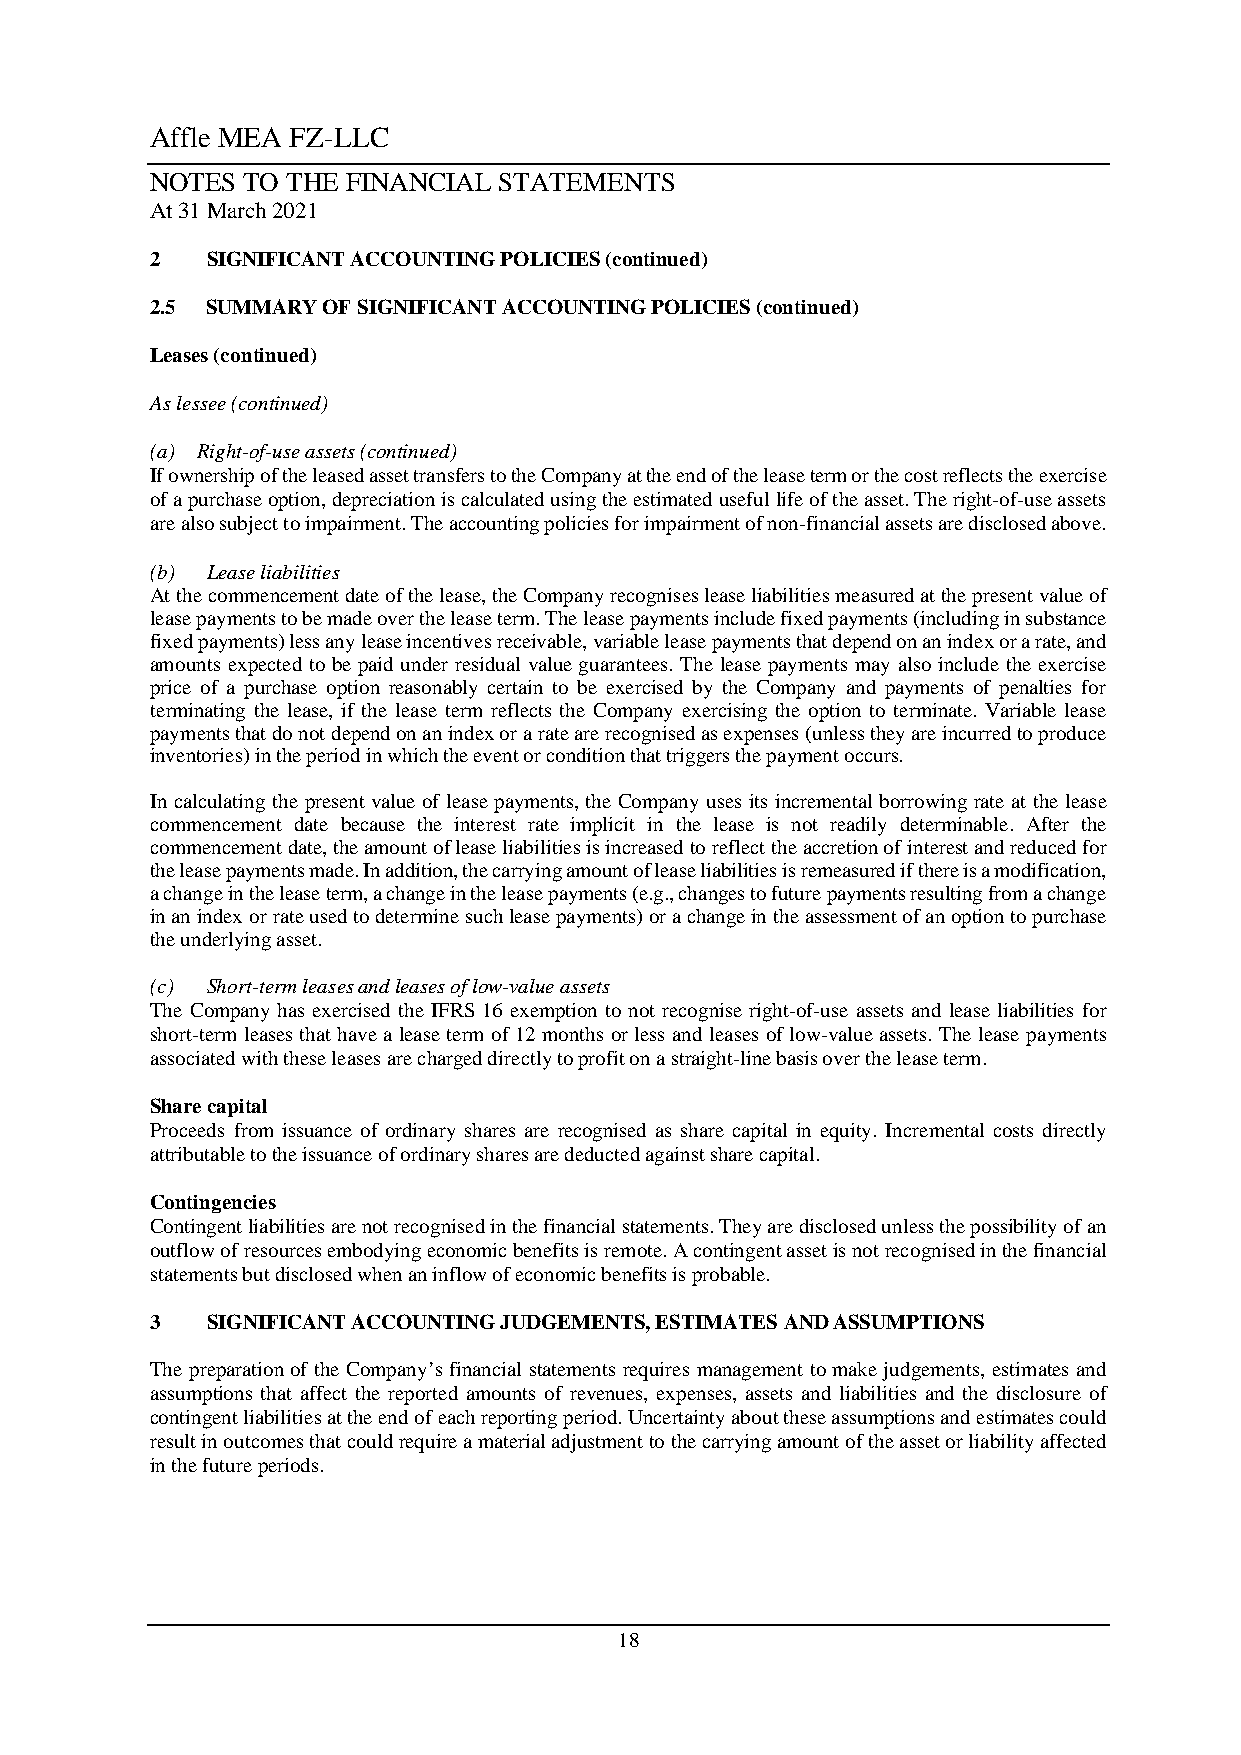
Affle MEA FZ-LLC
 NOTES TO THE FINANCIAL STATEMENTS
 At 31 March 2021
 2   SIGNIFICANT ACCOUNTING POLICIES (continued)
 2.5 SUMMARY OF SIGNIFICANT ACCOUNTING POLICIES (continued)
 Leases (continued)
 As lessee (continued)
 (a) Right-of-use assets (continued)
 If ownership of the leased asset transfers to the Company at the end of the lease term or the cost reflects the exercise
 of a purchase option, depreciation is calculated using the estimated useful life of the asset. The right-of-use assets
 are also subject to impairment. The accounting policies for impairment of non-financial assets are disclosed above.
 (b) Lease liabilities
 At the commencement date of the lease, the Company recognises lease liabilities measured at the present value of
 lease payments to be made over the lease term. The lease payments include fixed payments (including in substance
 fixed payments) less any lease incentives receivable, variable lease payments that depend on an index or a rate, and
 amounts expected to be paid under residual value guarantees. The lease payments may also include the exercise
 price of a purchase option reasonably certain to be exercised by the Company and payments of penalties for
 terminating the lease, if the lease term reflects the Company exercising the option to terminate. Variable lease
 payments that do not depend on an index or a rate are recognised as expenses (unless they are incurred to produce
 inventories) in the period in which the event or condition that triggers the payment occurs.
 In calculating the present value of lease payments, the Company uses its incremental borrowing rate at the lease
 commencement date because the interest rate implicit in the lease is not readily determinable. After the
 commencement date, the amount of lease liabilities is increased to reflect the accretion of interest and reduced for
 the lease payments made. In addition, the carrying amount of lease liabilities is remeasured if there is a modification,
 a change in the lease term, a change in the lease payments (e.g., changes to future payments resulting from a change
 in an index or rate used to determine such lease payments) or a change in the assessment of an option to purchase
 the underlying asset.
 (c) Short-term leases and leases of low-value assets
 The Company has exercised the IFRS 16 exemption to not recognise right-of-use assets and lease liabilities for
 short-term leases that have a lease term of 12 months or less and leases of low-value assets. The lease payments
 associated with these leases are charged directly to profit on a straight-line basis over the lease term.
 Share capital
 Proceeds from issuance of ordinary shares are recognised as share capital in equity. Incremental costs directly
 attributable to the issuance of ordinary shares are deducted against share capital.
 Contingencies
 Contingent liabilities are not recognised in the financial statements. They are disclosed unless the possibility of an
 outflow of resources embodying economic benefits is remote. A contingent asset is not recognised in the financial
 statements but disclosed when an inflow of economic benefits is probable.
 3   SIGNIFICANT ACCOUNTING JUDGEMENTS, ESTIMATES AND ASSUMPTIONS
 The preparation of the Company’s financial statements requires management to make judgements, estimates and
 assumptions that affect the reported amounts of revenues, expenses, assets and liabilities and the disclosure of
 contingent liabilities at the end of each reporting period. Uncertainty about these assumptions and estimates could
 result in outcomes that could require a material adjustment to the carrying amount of the asset or liability affected
 in the future periods.
 18